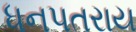
ધનપતરાય